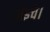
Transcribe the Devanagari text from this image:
वोइचे।